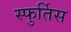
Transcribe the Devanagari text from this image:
स्फुर्तिस